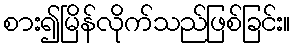
စား၍မြိန်လိုက်သည်ဖြစ်ခြင်း။